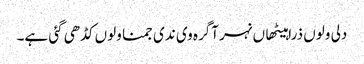
دلی ولوں ذرا ہیٹھاں نہر آگرہ وی ندی جمنا ولوں کڈھی گئی ہے۔